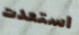
استعدت